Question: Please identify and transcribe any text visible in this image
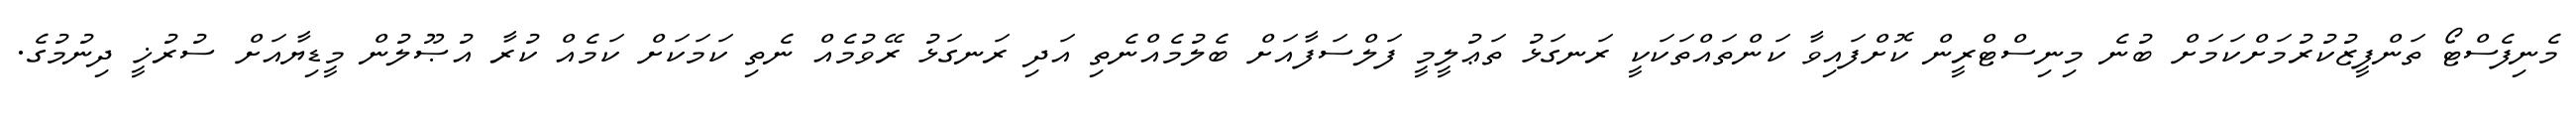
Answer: މެނިފެސްޓޯ ތަންފީޒުކުރުމަށްކަމަށް ބުނެ މިނިސްޓްރީން ކޮށްފައިވާ ކަންތައްތަކަކީ ރަނގަޅު ތަޢުލީމީ ފަލްސަފާއަށް ބެލުމެއްނެތި އަދި ރަނގަޅު ރޭވުމެއް ނެތި ކަމަކަށް ކަމެއް ކުރާ އުޞޫލުން މީޑިޔާއަށް ސުރުޚީ ދިނުމުގެ.